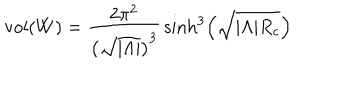
\mathrm { v o l } ( W ) = \frac { 2 \pi ^ { 2 } } { \left( \sqrt { | \Lambda | } \right) ^ { 3 } } \, \sinh ^ { 3 } \left( \sqrt { | \Lambda | R _ { c } } \right)